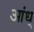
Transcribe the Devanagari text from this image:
आंध्